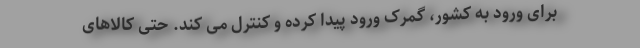
برای ورود به کشور، گمرک ورود پیدا کرده و کنترل می کند. حتی کالاهای